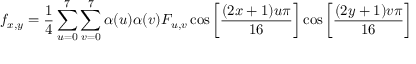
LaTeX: f _ { x , y } = { \frac { 1 } { 4 } } \sum _ { u = 0 } ^ { 7 } \sum _ { v = 0 } ^ { 7 } \alpha ( u ) \alpha ( v ) F _ { u , v } \cos \left[ { \frac { ( 2 x + 1 ) u \pi } { 1 6 } } \right] \cos \left[ { \frac { ( 2 y + 1 ) v \pi } { 1 6 } } \right]